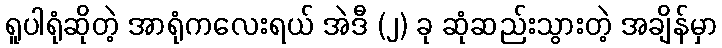
ရူပါရုံဆိုတဲ့ အာရုံကလေးရယ် အဲဒီ (၂) ခု ဆုံဆည်းသွားတဲ့ အချိန်မှာ